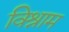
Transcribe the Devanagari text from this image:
विश्राम